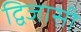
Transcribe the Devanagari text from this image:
द्विजासी